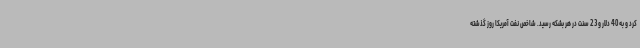
کرد و به 40 دلار و 23 سنت در هر بشکه رسید. شاخص نفت آمریکا روز گذشته